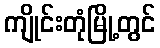
ကျိုင်းတုံမြို့တွင်